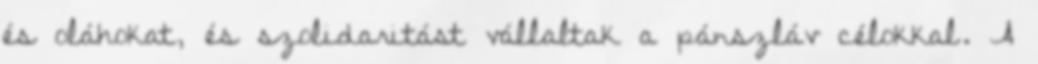
és oláhokat, és szolidaritást vállaltak a pánszláv célokkal. A